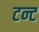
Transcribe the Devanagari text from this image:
टन्ट